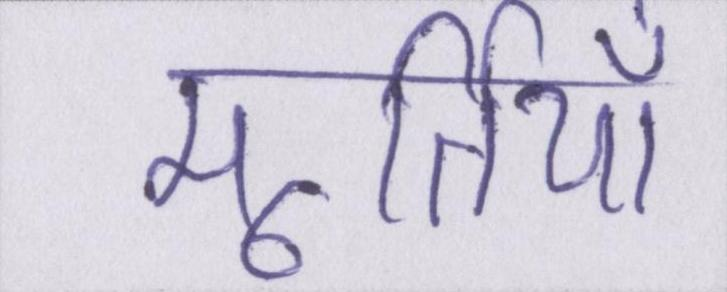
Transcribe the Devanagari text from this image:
मूर्तियाँ